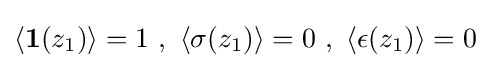
\left\langle \mathbf {1} (z_{1})\right\rangle =1\ ,\ \left\langle \sigma (z_{1})\right\rangle =0\ ,\ \left\langle \epsilon (z_{1})\right\rangle =0